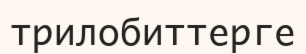
трилобиттерге